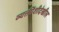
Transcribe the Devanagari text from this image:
व्यक्तींशीदेखील